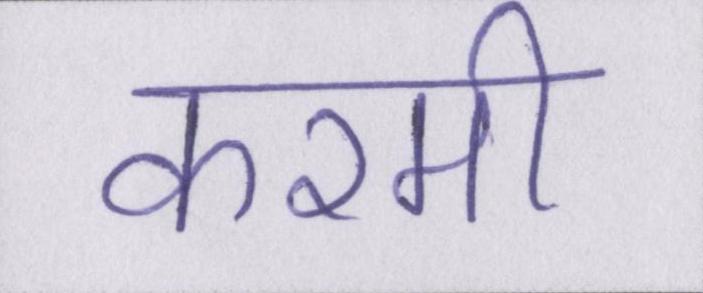
करमी